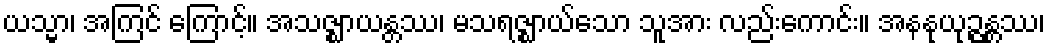
ယသ္မာ၊ အကြင် ကြောင့်။ အသဇ္ဈာယန္တဿ၊ မသရဇ္ဈာယ်သော သူအား လည်းကောင်း။ အနနုယုဉ္ဇန္တဿ၊